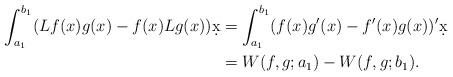
LaTeX: \begin{align*}\int_{a_1}^{b_1}(Lf(x) g(x)-f(x) Lg(x))\d x & = \int_{a_1}^{b_1}(f(x)g'(x)-f'(x)g(x))'\d x \\&= W(f,g;a_1)-W(f,g;b_1).\end{align*}